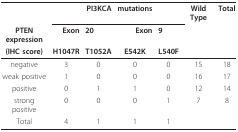
<table><thead><tr><td></td><td></td><td><b>PI3KCA</b></td><td><b>mutations</b></td><td></td><td><b>Wild Type</b></td><td><b>Total</b></td></tr><tr><td><b>PTEN expression</b></td><td><b>Exon</b></td><td><b>20</b></td><td><b>Exon</b></td><td><b>9</b></td><td></td><td></td></tr><tr><td><b>(IHC score)</b></td><td><b>H1047R</b></td><td><b>T1052A</b></td><td><b>E542K</b></td><td><b>L540F</b></td><td></td><td></td></tr></thead><tbody><tr><td>negative</td><td>3</td><td>0</td><td>0</td><td>0</td><td>15</td><td>18</td></tr><tr><td>weak positive</td><td>1</td><td>0</td><td>0</td><td>0</td><td>16</td><td>17</td></tr><tr><td>positive</td><td>0</td><td>1</td><td>1</td><td>0</td><td>12</td><td>14</td></tr><tr><td>strong positive</td><td>0</td><td>0</td><td>0</td><td>1</td><td>7</td><td>8</td></tr><tr><td>Total</td><td>4</td><td>1</td><td>1</td><td>1</td><td></td><td></td></tr></tbody></table>